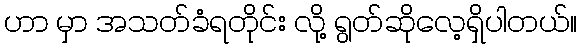
ဟာ မှာ အသတ်ခံရတိုင်း လို့ ရွတ်ဆိုလေ့ရှိပါတယ်။